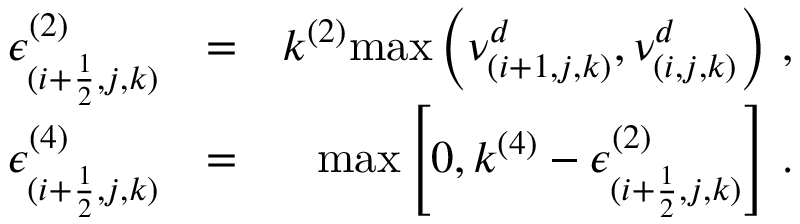
\begin{array} { r l r } { \epsilon _ { ( i + \frac { 1 } { 2 } , j , k ) } ^ { ( 2 ) } } & { = } & { k ^ { ( 2 ) } \mathrm { m a x } \left( \nu _ { ( i + 1 , j , k ) } ^ { d } , \nu _ { ( i , j , k ) } ^ { d } \right) \, \mathrm { , } } \\ { \epsilon _ { ( i + \frac { 1 } { 2 } , j , k ) } ^ { ( 4 ) } } & { = } & { \mathrm { m a x } \left[ 0 , k ^ { ( 4 ) } - \epsilon _ { ( i + \frac { 1 } { 2 } , j , k ) } ^ { ( 2 ) } \right] \, \mathrm { . } } \end{array}